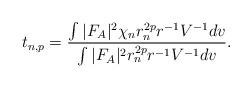
LaTeX: \begin{align*}t_{n,p} = \frac{\int|F_A|^2\chi_nr_n^{2p }r^{-1}V^{-1}dv}{\int|F_A|^2r_n^{2p }r^{-1}V^{-1}dv}.\end{align*}